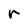
Character: r